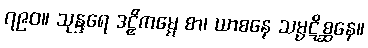
၇၉၀။ သုန္ဒရေ ဒဠှိကမ္မေ စာ၊ ယာစနေ သမ္ပဋိစ္ဆနေ။